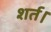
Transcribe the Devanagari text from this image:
शर्त।